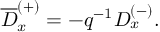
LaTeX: \overline { { { D } } } _ { x } ^ { ( + ) } = - q ^ { - 1 } D _ { x } ^ { ( - ) } .